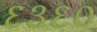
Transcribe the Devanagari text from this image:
६३६०